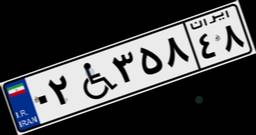
۰۲W۳۵۸۴۸